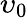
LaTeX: \upsilon_{0}